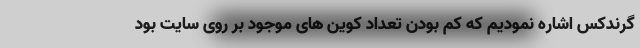
گرندکس اشاره نمودیم که کم بودن تعداد کوین های موجود بر روی سایت بود